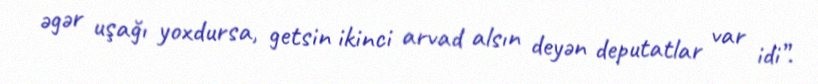
əgər uşağı yoxdursa, getsin ikinci arvad alsın deyən deputatlar var idi”.